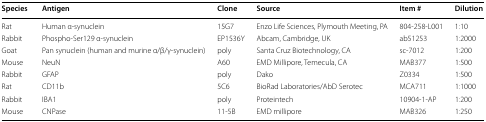
<table><thead><tr><td><b>Species</b></td><td><b>Antigen</b></td><td><b>Clone</b></td><td><b>Source</b></td><td><b>Item #</b></td><td><b>Dilution</b></td></tr></thead><tbody><tr><td>Rat</td><td>Human α-synuclein</td><td>15G7</td><td>Enzo Life Sciences, Plymouth Meeting, PA</td><td>804-258-L001</td><td>1:10</td></tr><tr><td>Rabbit</td><td>Phospho-Ser129 α-synuclein</td><td>EP1536Y</td><td>Abcam, Cambridge, UK</td><td>ab51253</td><td>1:2000</td></tr><tr><td>Goat</td><td>Pan synuclein (human and murine α/β/γ-synuclein)</td><td>poly</td><td>Santa Cruz Biotechnology, CA</td><td>sc-7012</td><td>1:200</td></tr><tr><td>Mouse</td><td>NeuN</td><td>A60</td><td>EMD Millipore, Temecula, CA</td><td>MAB377</td><td>1:500</td></tr><tr><td>Rabbit</td><td>GFAP</td><td>poly</td><td>Dako</td><td>Z0334</td><td>1:500</td></tr><tr><td>Rat</td><td>CD11b</td><td>5C6</td><td>BioRad Laboratories/AbD Serotec</td><td>MCA711</td><td>1:1000</td></tr><tr><td>Rabbit</td><td>IBA1</td><td>poly</td><td>Proteintech</td><td>10904-1-AP</td><td>1:200</td></tr><tr><td>Mouse</td><td>CNPase</td><td>11-5B</td><td>EMD millipore</td><td>MAB326</td><td>1:250</td></tr></tbody></table>